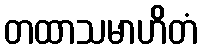
တထာသမာဟိတံ